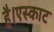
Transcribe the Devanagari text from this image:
है।एस्काट